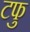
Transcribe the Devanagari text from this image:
टफु